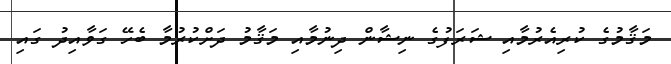
މަޤާމުގެ ކުރިއެރުމާއި ޝަރަފުގެ ނިޝާން ދިނުމާއި މަޤާމު ދަށްކުރުމާ ބެހޭ ގަވާއިދު ގައި